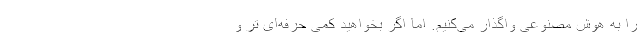
را به هوش مصنوعی واگذار می‌کنیم. اما اگر بخواهید کمی حرفه‌ای تر و